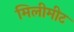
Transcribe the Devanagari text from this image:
मिलीमीट